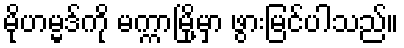
မိုဟမ္မဒ်ကို မက္ကာမြို့မှာ ဖွားမြင်ပါသည်။